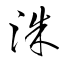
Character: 洙